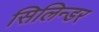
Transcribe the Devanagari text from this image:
सिलिन्डर